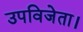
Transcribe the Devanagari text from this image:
उपविजेता।